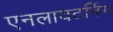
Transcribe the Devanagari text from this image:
एनलायटनिंग